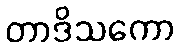
တာဒိသကော